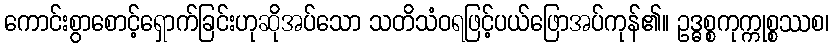
ကောင်းစွာစောင့်ရှောက်ခြင်းဟုဆိုအပ်သော သတိသံဝရဖြင့်ပယ်ဖြောအပ်ကုန်၏။ ဥဒ္ဓစ္စကုက္ကုစ္စဿစ၊